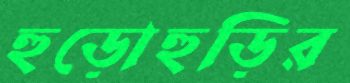
হুড়োহুড়ির